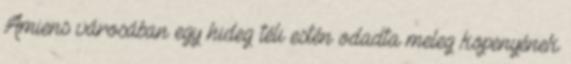
Amiens városában egy hideg téli estén odadta meleg köpenyének